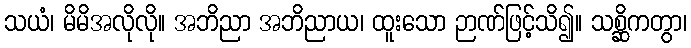
သယံ၊ မိမိအလိုလို။ အဘိညာ အဘိညာယ၊ ထူးသော ဉာဏ်ဖြင့်သိ၍။ သစ္ဆိကတွာ၊